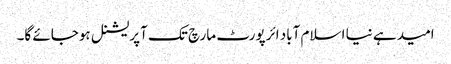
امید ہے نیا اسلام آباد ائرپورٹ مارچ تک آپریشنل ہوجائے گا۔